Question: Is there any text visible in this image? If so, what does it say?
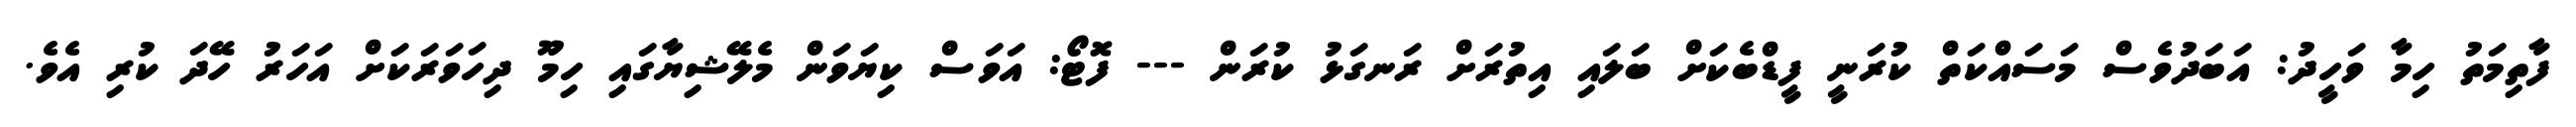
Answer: ފާތިމަތު ހިމާ ވަހީދު: އަބަދުވެސް މަސައްކަތް ކުރަނީ ފީޑްބެކަށް ބަލައި އިތުރަށް ރަނގަޅު ކުރަން --- ފޮޓޯ: އަވަސް ކިޔަވަން މެލޭޝިޔާގައި ހިމޫ ދިހަވަރަކަށް އަހަރު ހޭދަ ކުރި އެވެ.